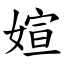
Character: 媗